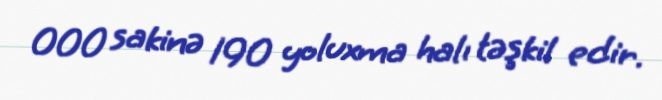
000 sakinə 190 yoluxma halı təşkil edir.